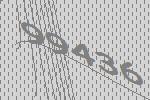
99436